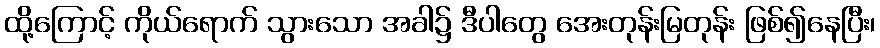
ထို့ကြောင့် ကိုယ်ရောက် သွားသော အခါ၌ ဒီပါတွေ အေးတုန်းမြတုန်း ဖြစ်၍နေပြီး၊